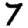
Digit: 7